Civil Veterinary Dept. Bombay admin report 1914-1922 - 1914-1922
Year: 1914
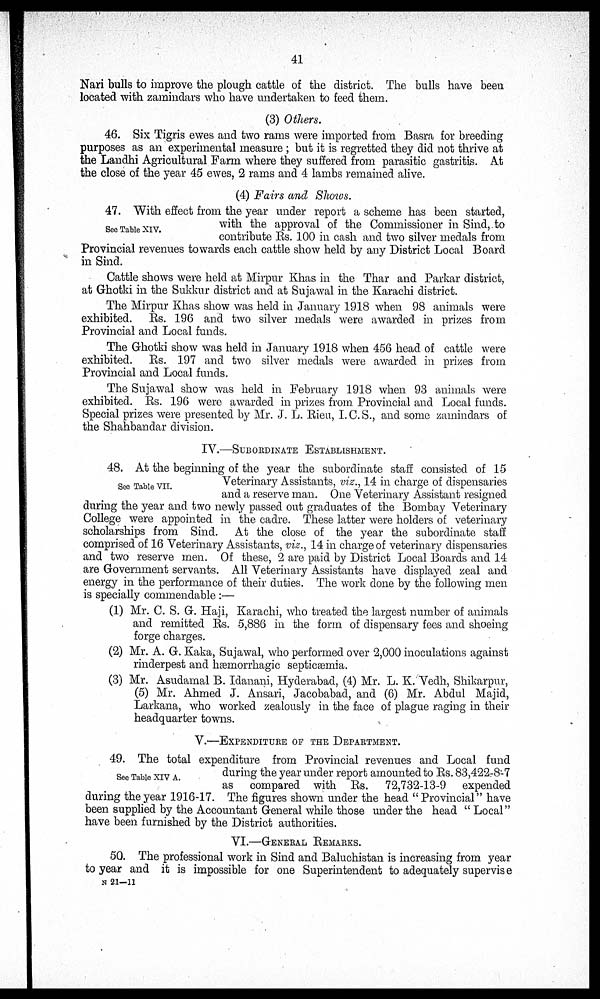
41
Nari bulls to improve the plough cattle of the district. The bulls have been
located with zamindars who have undertaken to feed them.
(3) Others.
46. Six Tigris ewes and two rams were imported from Basra for breeding
purposes as an experimental measure ; but it is regretted they did not thrive at
the Landhi Agricultural Farm where they suffered from parasitic gastritis. At
the close of the year 45 ewes, 2 rams and 4 lambs remained alive.
(4) Fairs and Shows.
See Table XIV.
47. With effect from the year under report a scheme has been started,
with the approval of the Commissioner in Sind, to
contribute Rs. 100 in cash and two silver medals from
Provincial revenues towards each cattle show held by any District Local Board
in Sind.
Cattle shows were held at Mirpur Khas in the Thar and Parkar district,
at Ghotki in the Sukkur district and at Sujawal in the Karachi district.
The Mirpur Khas show was held in January 1918 when 98 animals were
exhibited. Rs. 196 and two silver medals were awarded in prizes from
Provincial and Local funds.
The Ghotki show was held in January 1918 when 456 head of cattle were
exhibited. Rs. 197 and two silver medals were awarded in prizes from
Provincial and Local funds.
The Sujawal show was held in February 1918 when 93 animals were
exhibited. Rs. 196 were awarded in prizes from Provincial and Local funds.
Special prizes were presented by Mr. J. L. Rieu, I.C.S., and some zamindars of
the Shahbandar division.
IV.—SUBORDINATE ESTABLISHMENT.
See Table VII.
48. At the beginning of the year the subordinate staff consisted of 15
Veterinary Assistants, viz., 14 in charge of dispensaries
and a reserve man. One Veterinary Assistant resigned
during the year and two newly passed out graduates of the Bombay Veterinary
College were appointed in the cadre. These latter were holders of veterinary
scholarships from Sind. At the close of the year the subordinate staff
comprised of 16 Veterinary Assistants, viz., 14 in charge of veterinary dispensaries
and two reserve men. Of these, 2 are paid by District Local Boards and 14
are Government servants. All Veterinary Assistants have displayed zeal and
energy in the performance of their duties. The work done by the following men
is specially commendable :—
(1) Mr. C. S. G. Haji, Karachi, who treated the largest number of animals
and remitted Rs. 5,886 in the form of dispensary fees and shoeing
forge charges.
(2) Mr. A. G. Kaka, Sujawal, who performed over 2,000 inoculations against
rinderpest and hæmorrhagic septicæmia.
(3) Mr. Asudamal B. Idanani, Hyderabad, (4) Mr. L. K. Vedh, Shikarpur,
(5) Mr. Ahmed J. Ansari, Jacobabad, and (6) Mr. Abdul Majid,
Larkana, who worked zealously in the face of plague raging in their
headquarter towns.
V.—EXPENDITURE OF THE DEPARTMENT.
See Table XIV A.
49. The total expenditure from Provincial revenues and Local fund
during the year under report amounted to Rs. 83,422-8-7
as compared with Rs. 72,732-13-9 expended
during the year 1916-17. The figures shown under the head " Provincial" have
been supplied by the Accountant General while those under the head " Local"
have been furnished by the District authorities.
VI.—GENERAL REMARKS.
50. The professional work in Sind and Baluchistan is increasing from year
to year and it is impossible for one Superintendent to adequately supervise
N 21—11